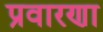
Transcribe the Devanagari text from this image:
प्रवारणा